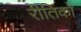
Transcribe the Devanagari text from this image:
रीतिको